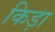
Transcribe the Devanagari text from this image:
किड़ा